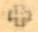
+